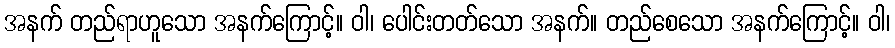
အနက် တည်ရာဟူသော အနက်ကြောင့်။ ဝါ၊ ပေါင်းတတ်သော အနက်။ တည်စေသော အနက်ကြောင့်။ ဝါ၊